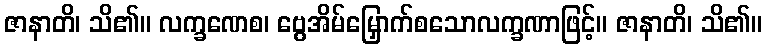
ဇာနာတိ၊ သိ၏။ လက္ခဏေစ၊ ဗွေအိမ်မြှောက်စသောလက္ခဏာဖြင့်။ ဇာနာတိ၊ သိ၏။